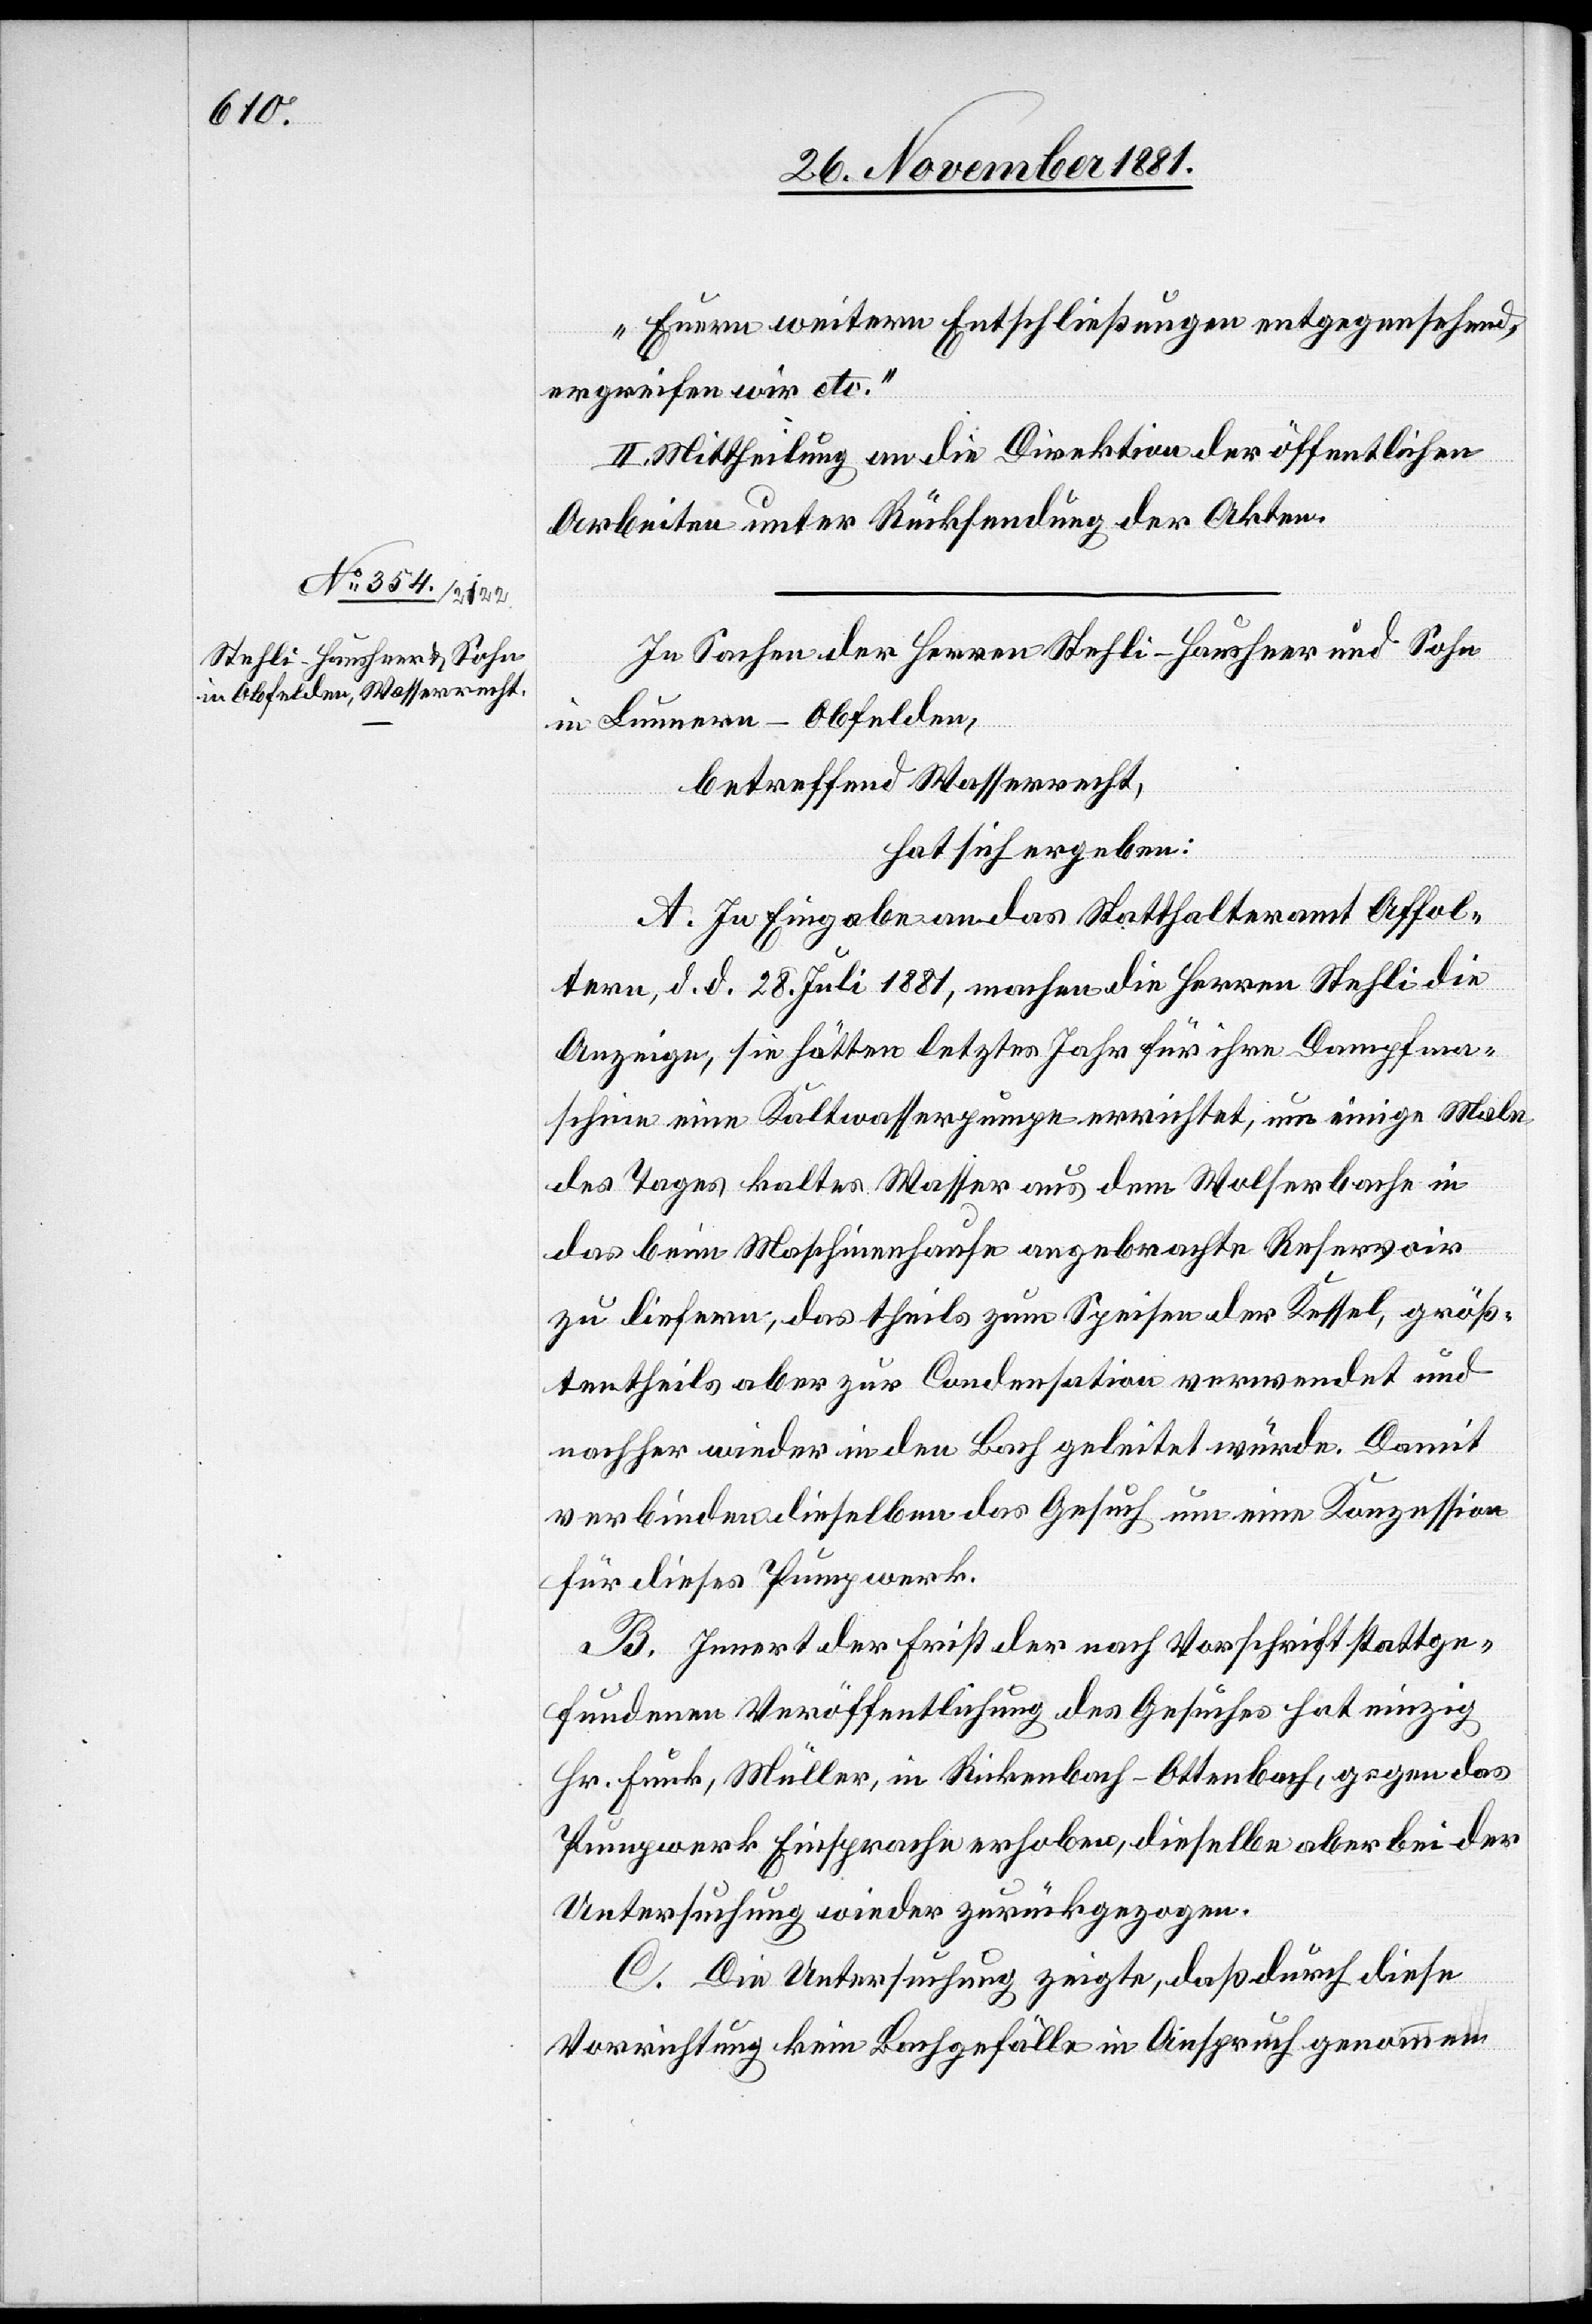
Euern weitern Entschließungen entgegensehend,
ergreifen wir etc.“
II. Mittheilung an die Direktion der öffentlichen
Arbeiten unter Rücksendung der Akten.
In Sachen der Herren Stehli-Hausheer und Sohn
in Lunnern - Obfelden,
betreffend Wasserrecht,
hat sich ergeben:
A. In Eingabe an das Statthalteramt Affol¬
tern, d. d. 28. Juli 1881, machen die Herren Stehli die
Anzeige, sie hätten letztes Jahr für ihre Dampfma¬
schine eine Kaltwasserpumpe errichtet, um einige Male
des Tages kaltes Wasser aus dem Wolferbache in
das beim Maschinenhause angebrachte Reservoir
zu liefern, das theils zum Speisen der Kessel, größ¬
tentheils aber zur Condensation verwendet und
nachher wieder in den Bach geleitet würde. Damit
verbinden dieselben das Gesuch um eine Konzession
für dieses Pumpwerk.
B. Innert der Frist der nach Vorschrift stattge¬
fundenen Veröffentlichung des Gesuches hat einzig
Hr. Funk, Müller, in Rickenbach - Ottenbach, gegen das
Pumpwerk Einsprache erhoben, dieselbe aber bei der
Untersuchung wieder zurückgezogen.
C. Die Untersuchung zeigte, daß durch diese
Vorrichtung kein Bachgefälle in Anspruch genommen